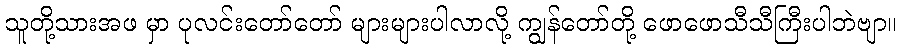
သူတို့သားအဖ မှာ ပုလင်းတော်တော် များများပါလာလို့ ကျွန်တော်တို့ ဖောဖောသီသီကြီးပါဘဲဗျာ။